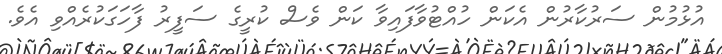
އުޅުމުން ސަރުކާރުން އެކަން ހުއްޓުވާފައިވާ ކަން ވެސް ކުރީގެ ސަފީރު ފާހަގަކުރެއްވި އެވެ.